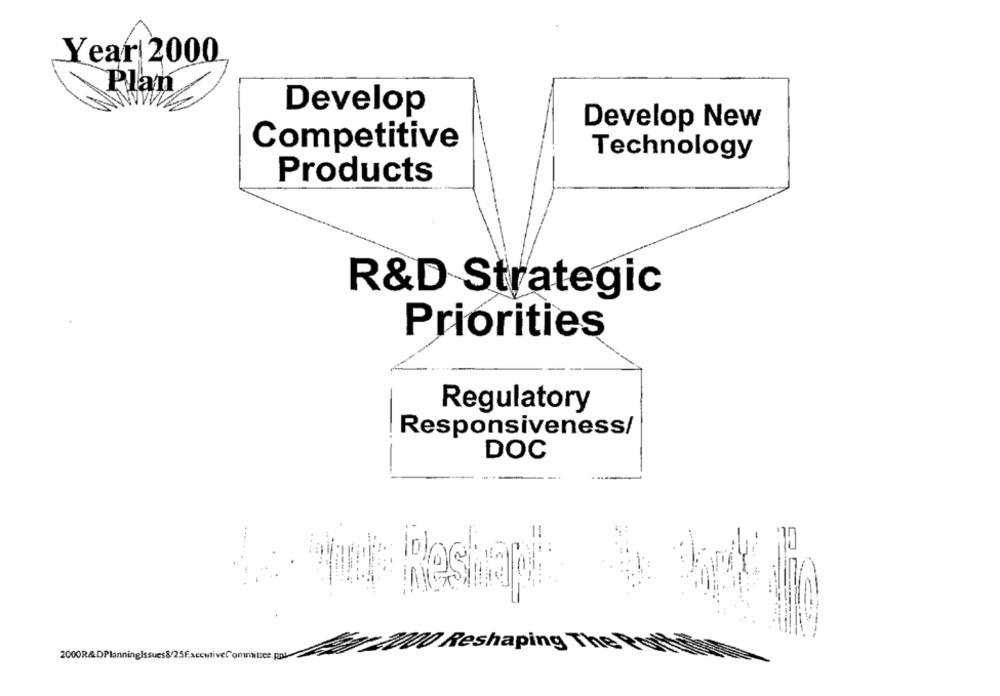
Year 2000
Plan
Develop
Develop New
Competitive
Technology
Products
R&D Strategic
Priorities
Regulatory
Responsiveness/
DOC
przy100 Reshaping These